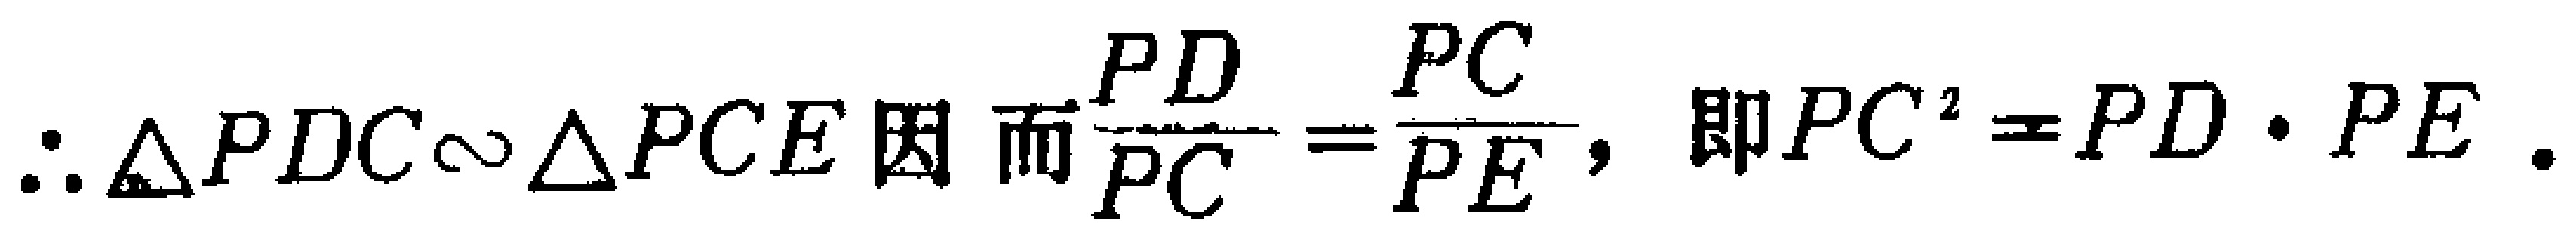
\(\therefore \triangle PDC\sim\triangle PCE因而\frac{PD}{PC}=\frac{PC}{PE},即PC^{2}=PD\cdot PE.\)